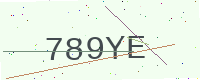
Text: 789YE